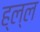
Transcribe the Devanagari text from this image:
ह्ल्ल